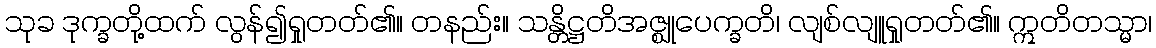
သုခ ဒုက္ခတို့ထက် လွန်၍ရှုတတ်၏။ တနည်း။ သန္တိဋ္ဌတိအဇ္ဈုပေက္ခတိ၊ လျစ်လျူရှုတတ်၏။ ဣတိတသ္မာ၊